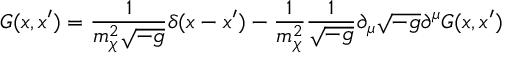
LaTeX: G ( x , x ^ { \prime } ) = \frac 1 { m _ { \chi } ^ { 2 } \sqrt { - g } } \delta ( x - x ^ { \prime } ) - \frac 1 { m _ { \chi } ^ { 2 } } \frac 1 { \sqrt { - g } } \partial _ { \mu } \sqrt { - g } \partial ^ { \mu } G ( x , x ^ { \prime } )